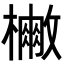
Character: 𭬡